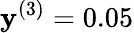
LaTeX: \mathbf{y}^{(3)}=0.05